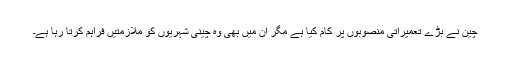
چین نے بڑے تعمیراتی منصوبوں پر کام کیا ہے مگر ان میں بھی وہ چینی شہریوں کو ملازمتیں فراہم کرتا رہا ہے۔